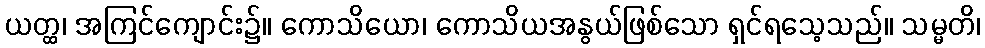
ယတ္ထ၊ အကြင်ကျောင်း၌။ ကောသိယော၊ ကောသိယအနွယ်ဖြစ်သော ရှင်ရသေ့သည်။ သမ္မတိ၊